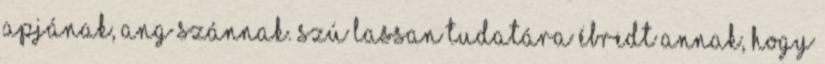
apjának, Ang Szánnak. Szú lassan tudatára ébredt annak, hogy